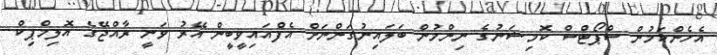
އެހެންކަމުން ސްޕޯޓްސް ކޮމިޝަނުގެ ނިންމުން ބަލައިނުގަންނަށް އެފްއައިވީބީން އޭރު ވަނީ ރާއްޖޭގެ އޮލިމްޕިކް